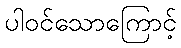
ပါဝင်သောကြောင့်